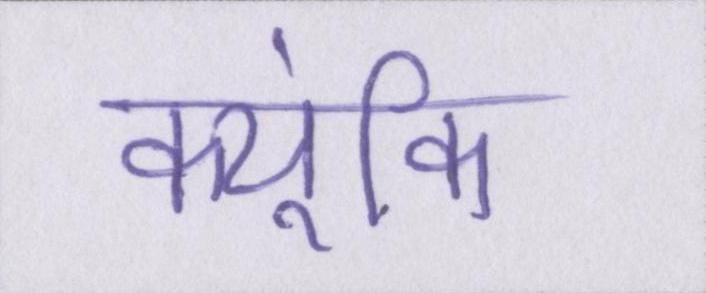
क्यूंकि